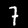
Label: 7